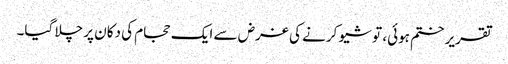
تقریر ختم ہوئی، تو شیو کرنے کی غرض سے ایک حجام کی دکان پر چلا گیا۔